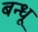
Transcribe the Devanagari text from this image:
बन्धू